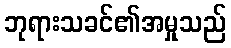
ဘုရားသခင်၏အမှုသည်